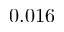
0 . 0 1 6